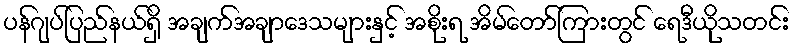
ပန်ဂျပ်ပြည်နယ်ရှိ အချက်အချာဒေသများနှင့် အစိုးရ အိမ်တော်ကြားတွင် ရေဒီယိုသတင်း